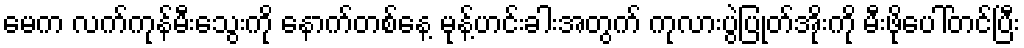
မေက လက်ကုန်မီးသွေးကို နောက်တစ်နေ့ မုန့်ဟင်းခါးအတွက် ကုလားပွဲပြုတ်အိုးကို မီးဖိုပေါ်တင်ပြီး